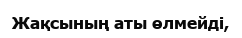
Жақсының аты өлмейді,